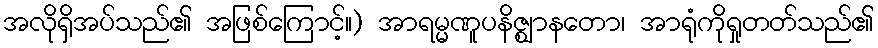
အလိုရှိအပ်သည်၏ အဖြစ်ကြောင့်။) အာရမ္မဏူပနိဇ္ဈာနတော၊ အာရုံကိုရှုတတ်သည်၏